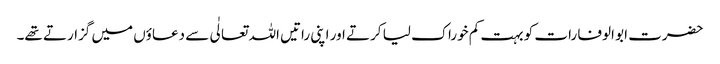
حضرت ابو الوفا رات کو بہت کم خوراک لیا کرتے اور اپنی راتیں اللہ تعالٰی سے دعاؤں میں گزارتے تھے۔